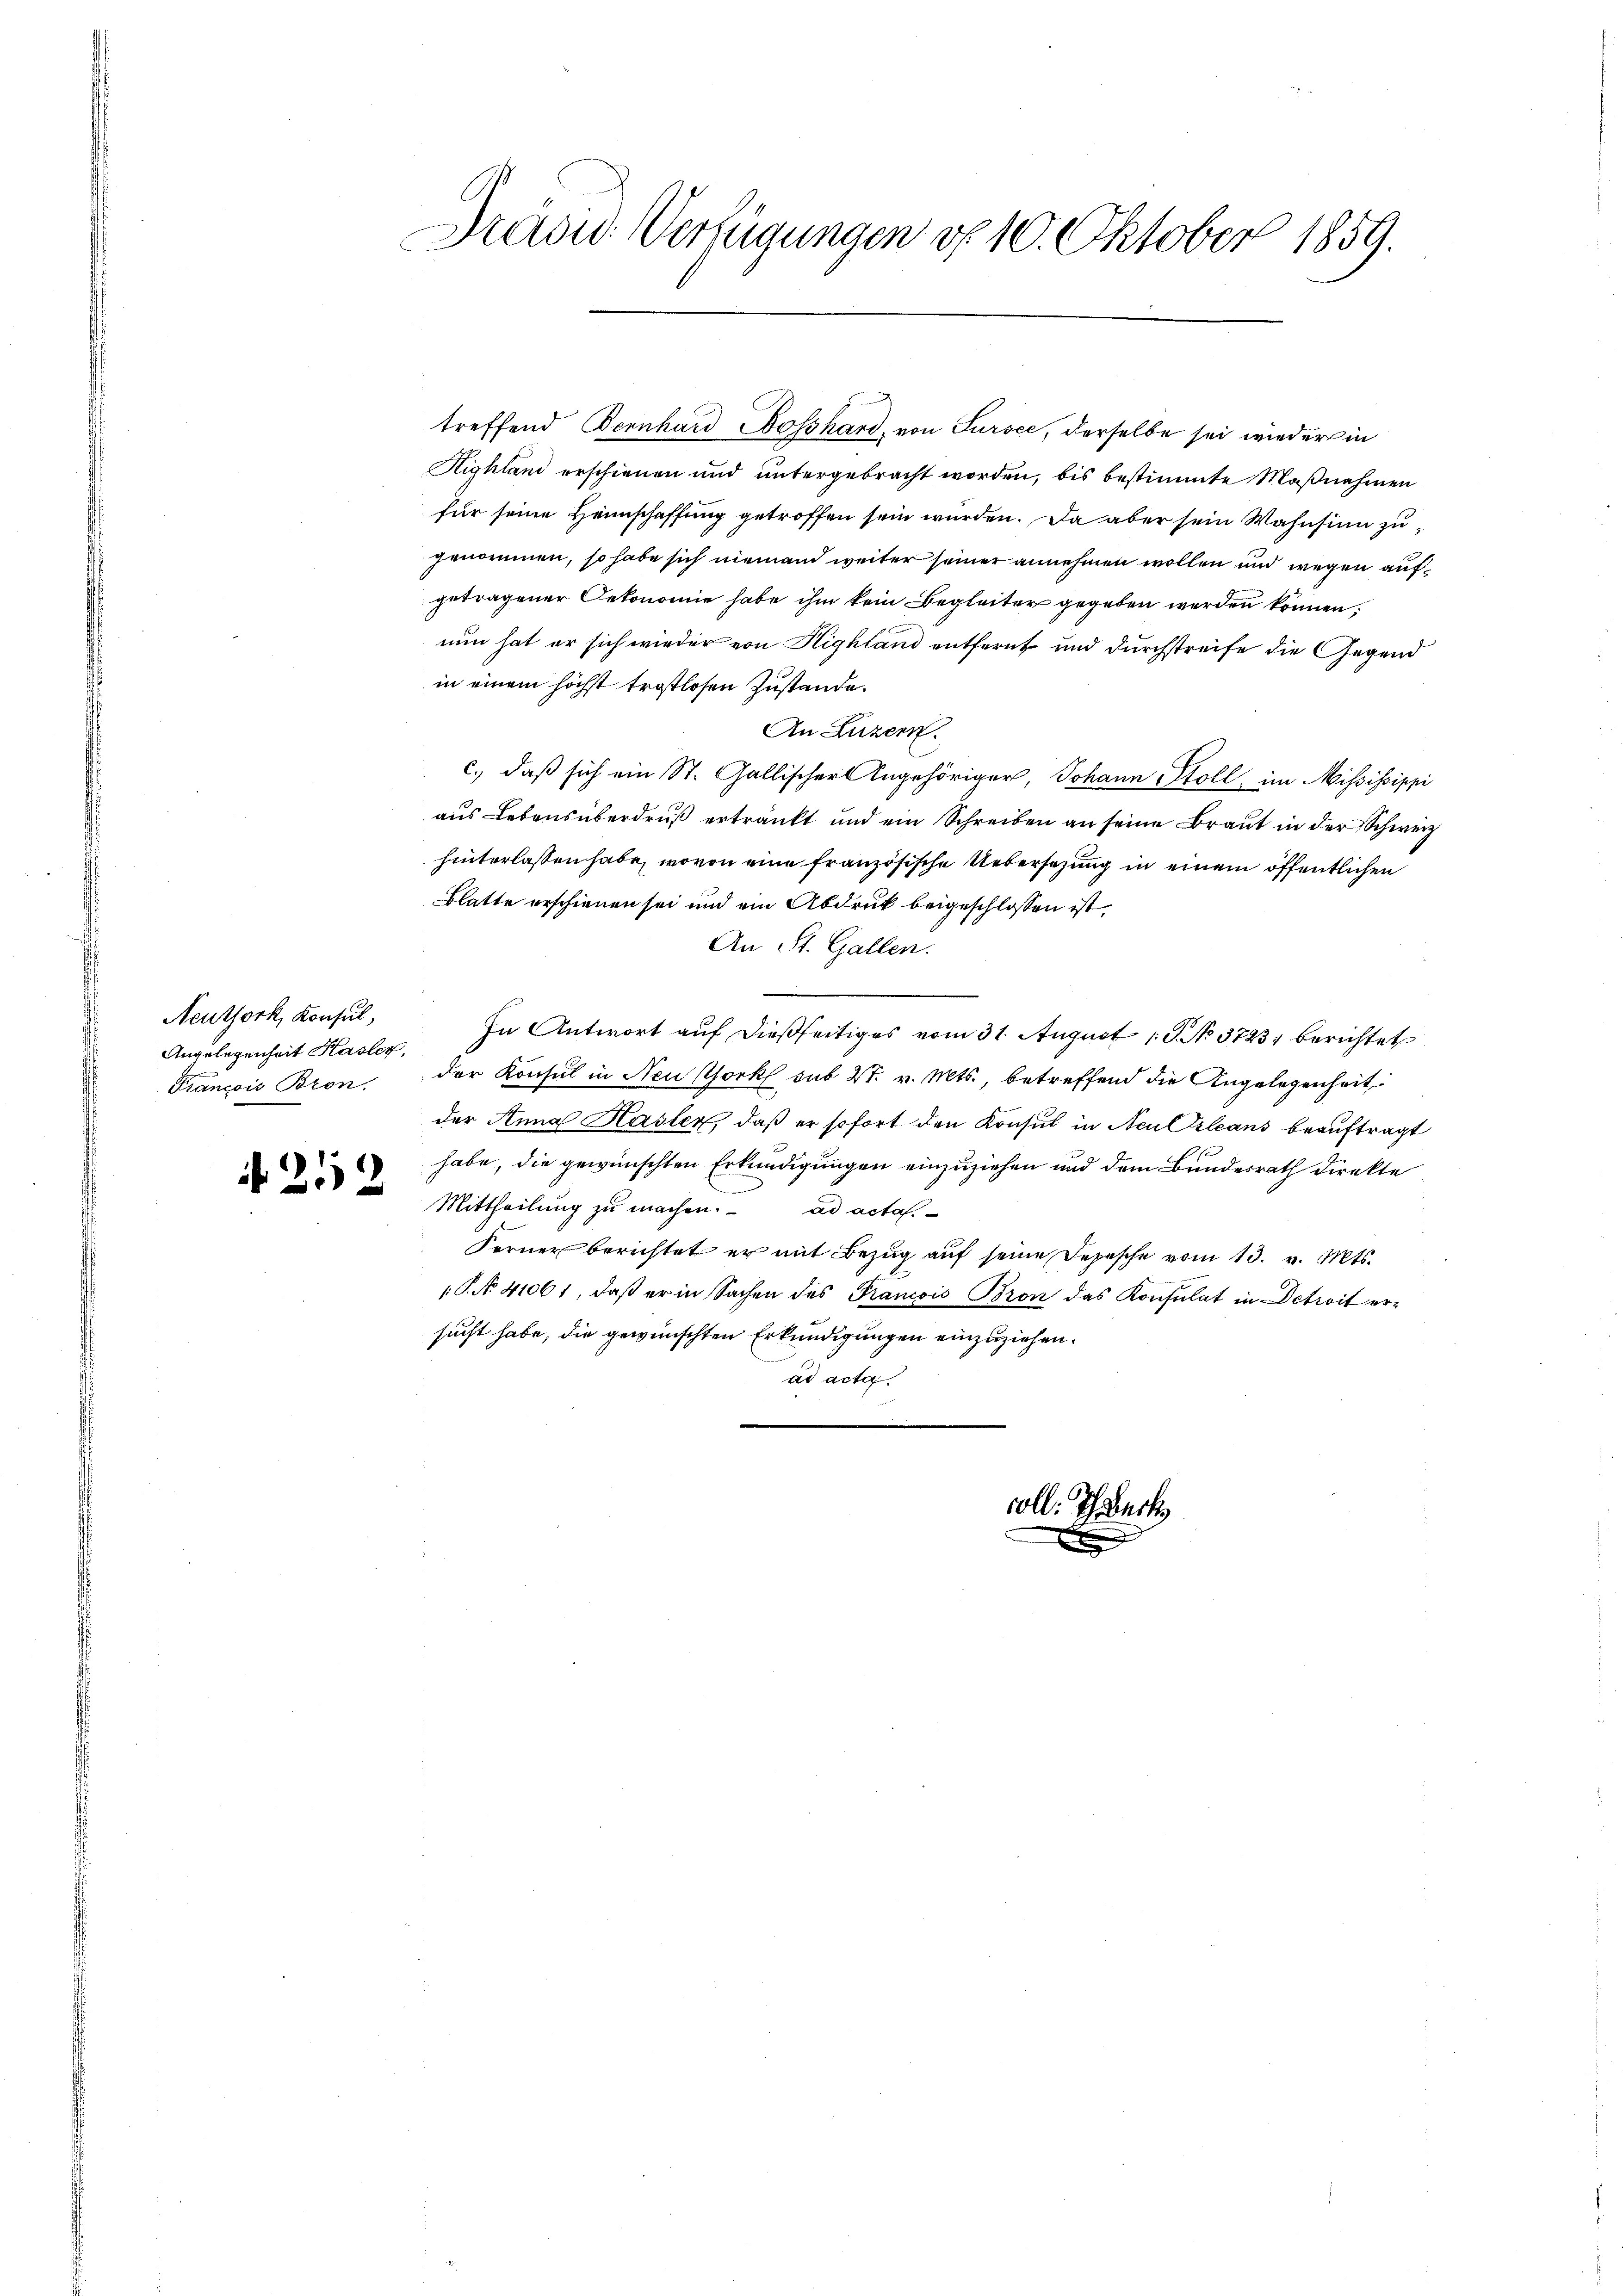
Neuthork, Konsul,
Angelegenheit Hasler,
François Bron.

252

Präsid. Verfügungen d. 10. Oktober 1859.

treffend Bernhard Nosshard, von Sursee, derselbe sei wieder in
Highland erschienen und untergebracht worden, bis bestimmte Maßnahmen
für seine Heimschaffung getroffen sein werden. Da aber sein Wahnsin zugenommen, so habe sich niemand weiter seiner annehmen wollen und wegen aufgetragener Oekonomie habe ihm kein Begleiter gegeben werden können;
nun hat er sich wieder von Highland entfernt und durchstreife die Gegend
in einem höchst trostlosen Zustande.
An Luzern.
c.) daß sich ein St. Gallischer Angehöriger, Johann Stoll, im Mississippi
aus Lebensüberdruß ertränkt und ein Schreiben an seine Braut in der Schwerz
hinterlassen habe, wovon eine französische Uebersezung in einem öffentlichen
Blatte erschienen sei und ein Abdruck beigeschlossen ist
An St. Gallen.
In Antwort auf dießseitiges vom 31. August 19. No. 3723 berichtet
der Konsul in Neu Chork sub 27. v. Mts., betreffend die Angelegenheit
der Anna Hasler, daß er sofort den Konsul in Neu Orleans beauftragt
Os
habe, die gewünschten Erkundigungen einzuziehen und dem Bundesrath direkte
Mittheilung zu machen. ad acta.
Ferner berichtet er mit Bezŭg aŭf seine Depesche vom 13. v. Mts.
P. No 41061, daß er in Sachen des Francois Bron das Konsulat in Detroit ersucht habe, die gewünschten Erkundigungen einzuziehen.
ad acta.
coll. Schreck
b
d